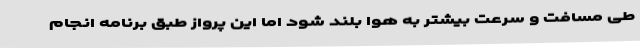
طی مسافت و سرعت بیشتر به هوا بلند شود اما این پرواز طبق برنامه انجام